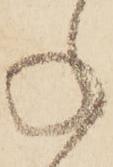
ね